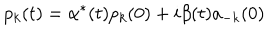
LaTeX: p _ { k } ( t ) = \alpha ^ { * } ( t ) p _ { k } ( 0 ) + i \beta ( t ) a _ { - k } ( 0 )